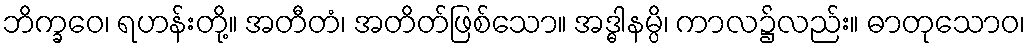
ဘိက္ခဝေ၊ ရဟန်းတို့။ အတီတံ၊ အတိတ်ဖြစ်သော။ အဒ္ဓါနမ္ပိ၊ ကာလ၌လည်း။ ဓာတုသောဝ၊